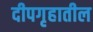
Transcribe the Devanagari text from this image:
दीपगृहातील